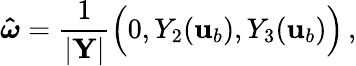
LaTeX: \boldsymbol{\hat{\omega}}=\frac{1}{|\mathbf{Y}|}\Big(0,Y_{2}({\mathbf{u}}_{b}),Y_{3}({\mathbf{u}}_{b})\Big)\, ,